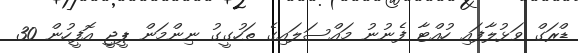
ޑްރަގް ވަޅުލާފައި ހުއްޓާ ފެނުނު މައްސަލައިގެ ތަހުގީގު ނިންމަން ޕީޖީ އޮފީހުން 30